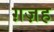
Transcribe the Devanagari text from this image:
ग़ज़ह